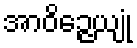
အာဝိဉ္ဇေယျုံ